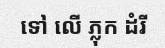
ទៅ លើ ភ្លុក ដំរី